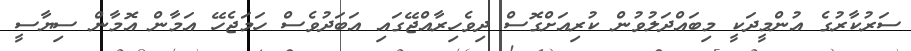
ސަރުކާރުގެ އުންމީދަކީ މިބައްދަލުވުން ކުރިއަށްގޮސް ދިވެހިރާއްޖޭގައި އަބަދުވެސް ހަމަޖެހޭ އަމާން އޮމާން ސިޔާސީ